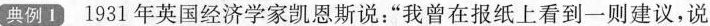
碘例1 1931年英国经济学家凯恩斯说：”我曾在报纸上看到一则建议，说